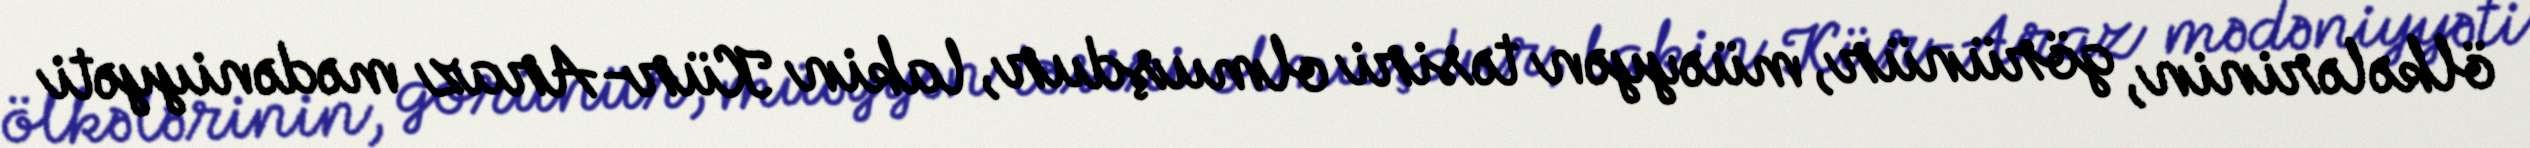
ölkələrinin, görünür, müəyyən təsiri olmuşdur, lakin Kür-Araz mədəniyyəti